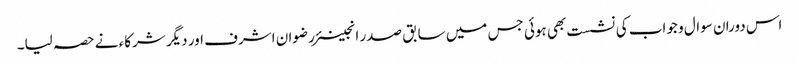
اس دوران سوال و جواب کی نشست بھی ہوئی جس میں سابق صدر انجینئر رضوان اشرف اور دیگر شرکاء نے حصہ لیا۔